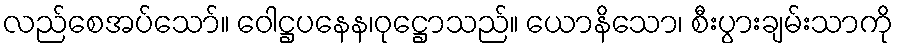
လည်စေအပ်သော်။ ဝေါဋ္ဌပနေန၊ဝုဋ္ဌောသည်။ ယောနိသော၊ စီးပွားချမ်းသာကို